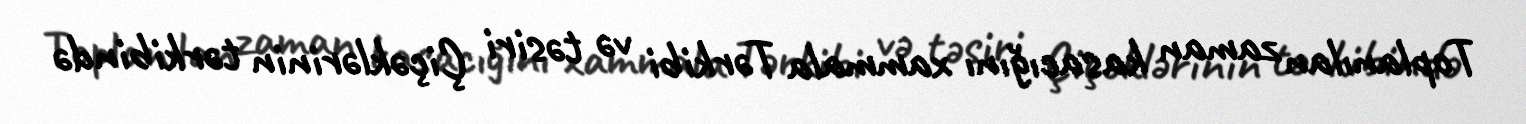
Toplanılan zaman kasacığını xammala Tərkibi və təsiri Çiçəklərinin tərkibində